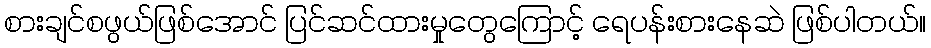
စားချင်စဖွယ်ဖြစ်အောင် ပြင်ဆင်ထားမှုတွေကြောင့် ရေပန်းစားနေဆဲ ဖြစ်ပါတယ်။